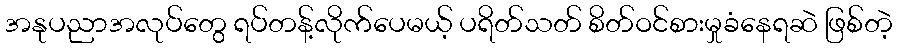
အနုပညာအလုပ်တွေ ရပ်တန့်လိုက်ပေမယ့် ပရိတ်သတ် စိတ်ဝင်စားမှုခံနေရဆဲ ဖြစ်တဲ့